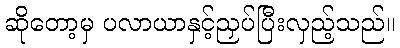
ဆိုတော့မှ ပလာယာနှင့်ညှပ်ပြီးလှည့်သည်။